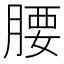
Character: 腰